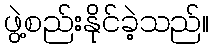
ဖွဲ့စည်းနိုင်ခဲ့သည်။